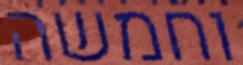
וחמשה